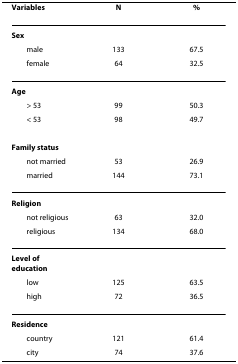
| Variables | N | % |
 | --- | --- | --- |
 | Sex |  |  |
 | male | 133 | 67.5 |
 | female | 64 | 32.5 |
 | Age |  |  |
 | > 53 | 99 | 50.3 |
 | < 53 | 98 | 49.7 |
 | Family status |  |  |
 | not married | 53 | 26.9 |
 | married | 144 | 73.1 |
 | Religion |  |  |
 | not religious | 63 | 32.0 |
 | religious | 134 | 68.0 |
 | Level of education |  |  |
 | low | 125 | 63.5 |
 | high | 72 | 36.5 |
 | Residence |  |  |
 | country | 121 | 61.4 |
 | city | 74 | 37.6 |